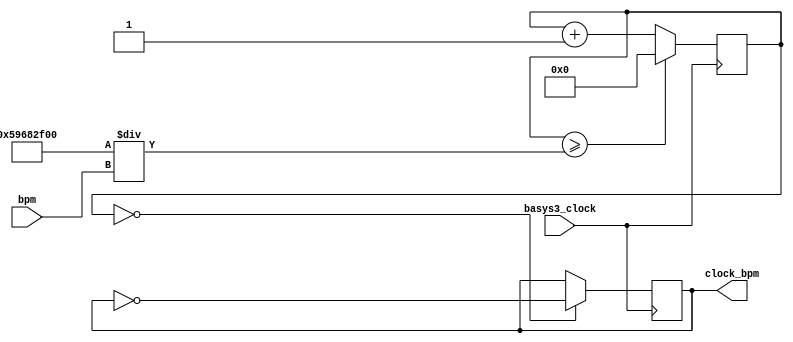
`timescale 1ns / 1ps
//////////////////////////////////////////////////////////////////////////////////
// Company: 
// Engineer: 
// 
// Design Name: 
// Module Name: bpm_to_clock
// Project Name: 
// Target Devices: 
// Tool Versions: 
// Description: 
// 
// Dependencies: 
// 
// Revision:
// Revision 0.01 - File Created
// Additional Comments:
// 
//////////////////////////////////////////////////////////////////////////////////


module bpm_to_clock(
    input basys3_clock,
    input [7:0] bpm,
    output reg clock_bpm = 0
    );
    
    reg [31:0] counter = 0;
    
    always @ (posedge basys3_clock) begin
        counter <= (counter >= (100_000_000 * 15 / bpm)) ? 0 : counter + 1;
        clock_bpm <= (counter == 0) ? ~clock_bpm : clock_bpm;
    end
endmodule